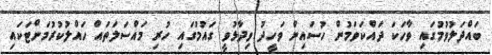
ބައްދަލުވުމުގައި ވާހަކަ ދައްކަވަމުން ހުސައިން ވަހީދު ވިދާޅުވީ ގައުމުގައި ހުރި މައްސަލަތައް ހައްލުކުރުމަށްޓަކައި